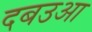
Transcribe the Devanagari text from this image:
दबउआ